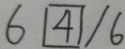
6 \boxed { 4 } / 6